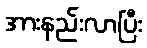
အားနည်းလာပြီး